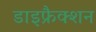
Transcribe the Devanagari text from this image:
डाइफ्रैक्शन